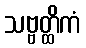
သဗ္ဗတ္ထိကံ